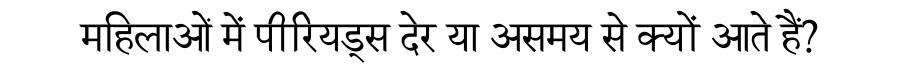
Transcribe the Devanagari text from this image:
महिलाओं में पीरियड्स देर या असमय से क्यों आते हैं?